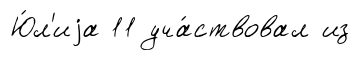
Ю́л'иjа 11 уча́ствовал из